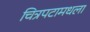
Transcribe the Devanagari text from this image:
चित्रपटामधला